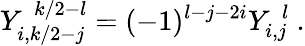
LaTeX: Y_{i,k/2-j}^{~~k/2-l}=(-1)^{l-j-2i}Y_{i,j}^{~~l}~.